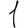
Digit: 1